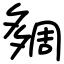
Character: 㚋